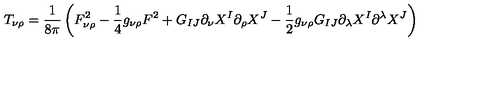
T _ { \nu \rho } = \frac { 1 } { 8 \pi } \left( F _ { \nu \rho } ^ { 2 } - \frac 1 4 g _ { \nu \rho } F ^ { 2 } + G _ { I J } \partial _ { \nu } X ^ { I } \partial _ { \rho } X ^ { J } - \frac 1 2 g _ { \nu \rho } G _ { I J } \partial _ { \lambda } X ^ { I } \partial ^ { \lambda } X ^ { J } \right)